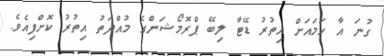
ގުނަ އާ ހަމައަށް އިތުރު ޑޭޓާ ލިބޭ ޕްރޮމޯޝަންގެ މުއްދަތު އިތުރު ކޮށްފިއެވެ.